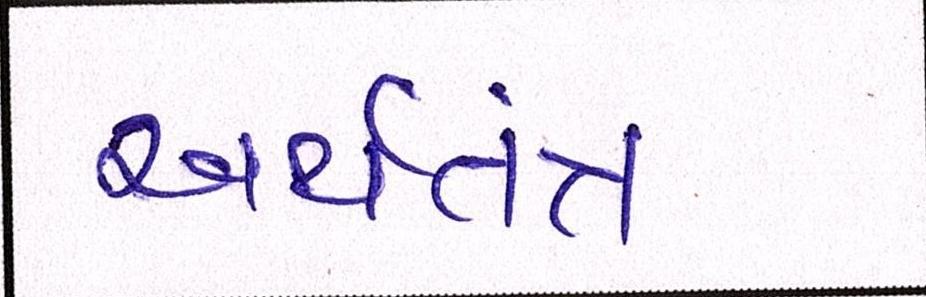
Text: અર્થતંત્ર